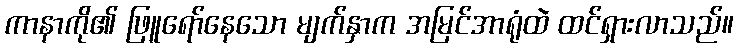
ကာနာကို၏ ဖြူရော်နေသော မျက်နှာက အမြင်အာရုံထဲ ထင်ရှားလာသည်။